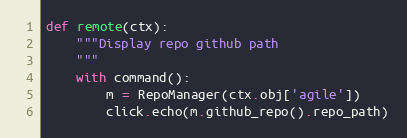
Language: Python
def remote(ctx):
    """Display repo github path
    """
    with command():
        m = RepoManager(ctx.obj['agile'])
        click.echo(m.github_repo().repo_path)